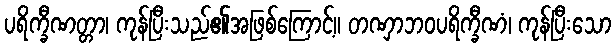
ပရိက္ခီဏတ္တာ၊ ကုန်ပြီးသည်၏အဖြစ်ကြောင့်။ တဏှာဘဝပရိက္ခီဏံ၊ ကုန်ပြီးသော